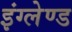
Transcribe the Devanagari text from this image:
इंग्लेण्ड